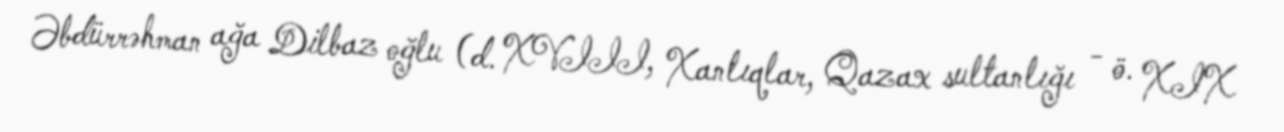
Əbdürrəhman ağa Dilbaz oğlu (d. XVIII, Xanlıqlar, Qazax sultanlığı - ö. XIX